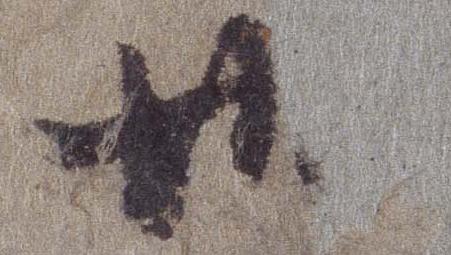
卅